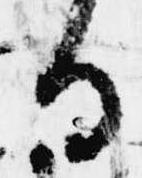
る